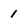
Character: 1